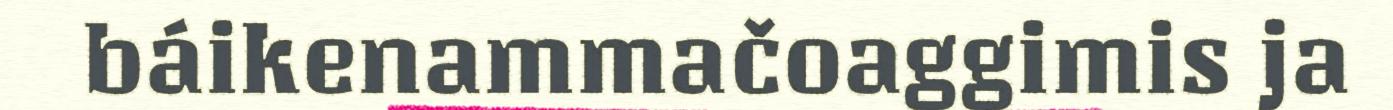
báikenammačoaggimis ja